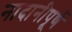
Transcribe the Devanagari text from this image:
नादानीपूर्ण